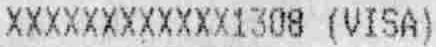
XXXXXXXXXXXX1308 (VISA)